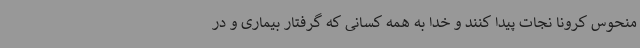
منحوس کرونا نجات پیدا کنند و خدا به همه کسانی که گرفتار بیماری و در